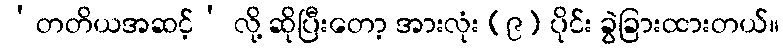
‘တတိယအဆင့်’ လို့ ဆိုပြီးတော့ အားလုံး (၉) ပိုင်း ခွဲခြားထားတယ်။